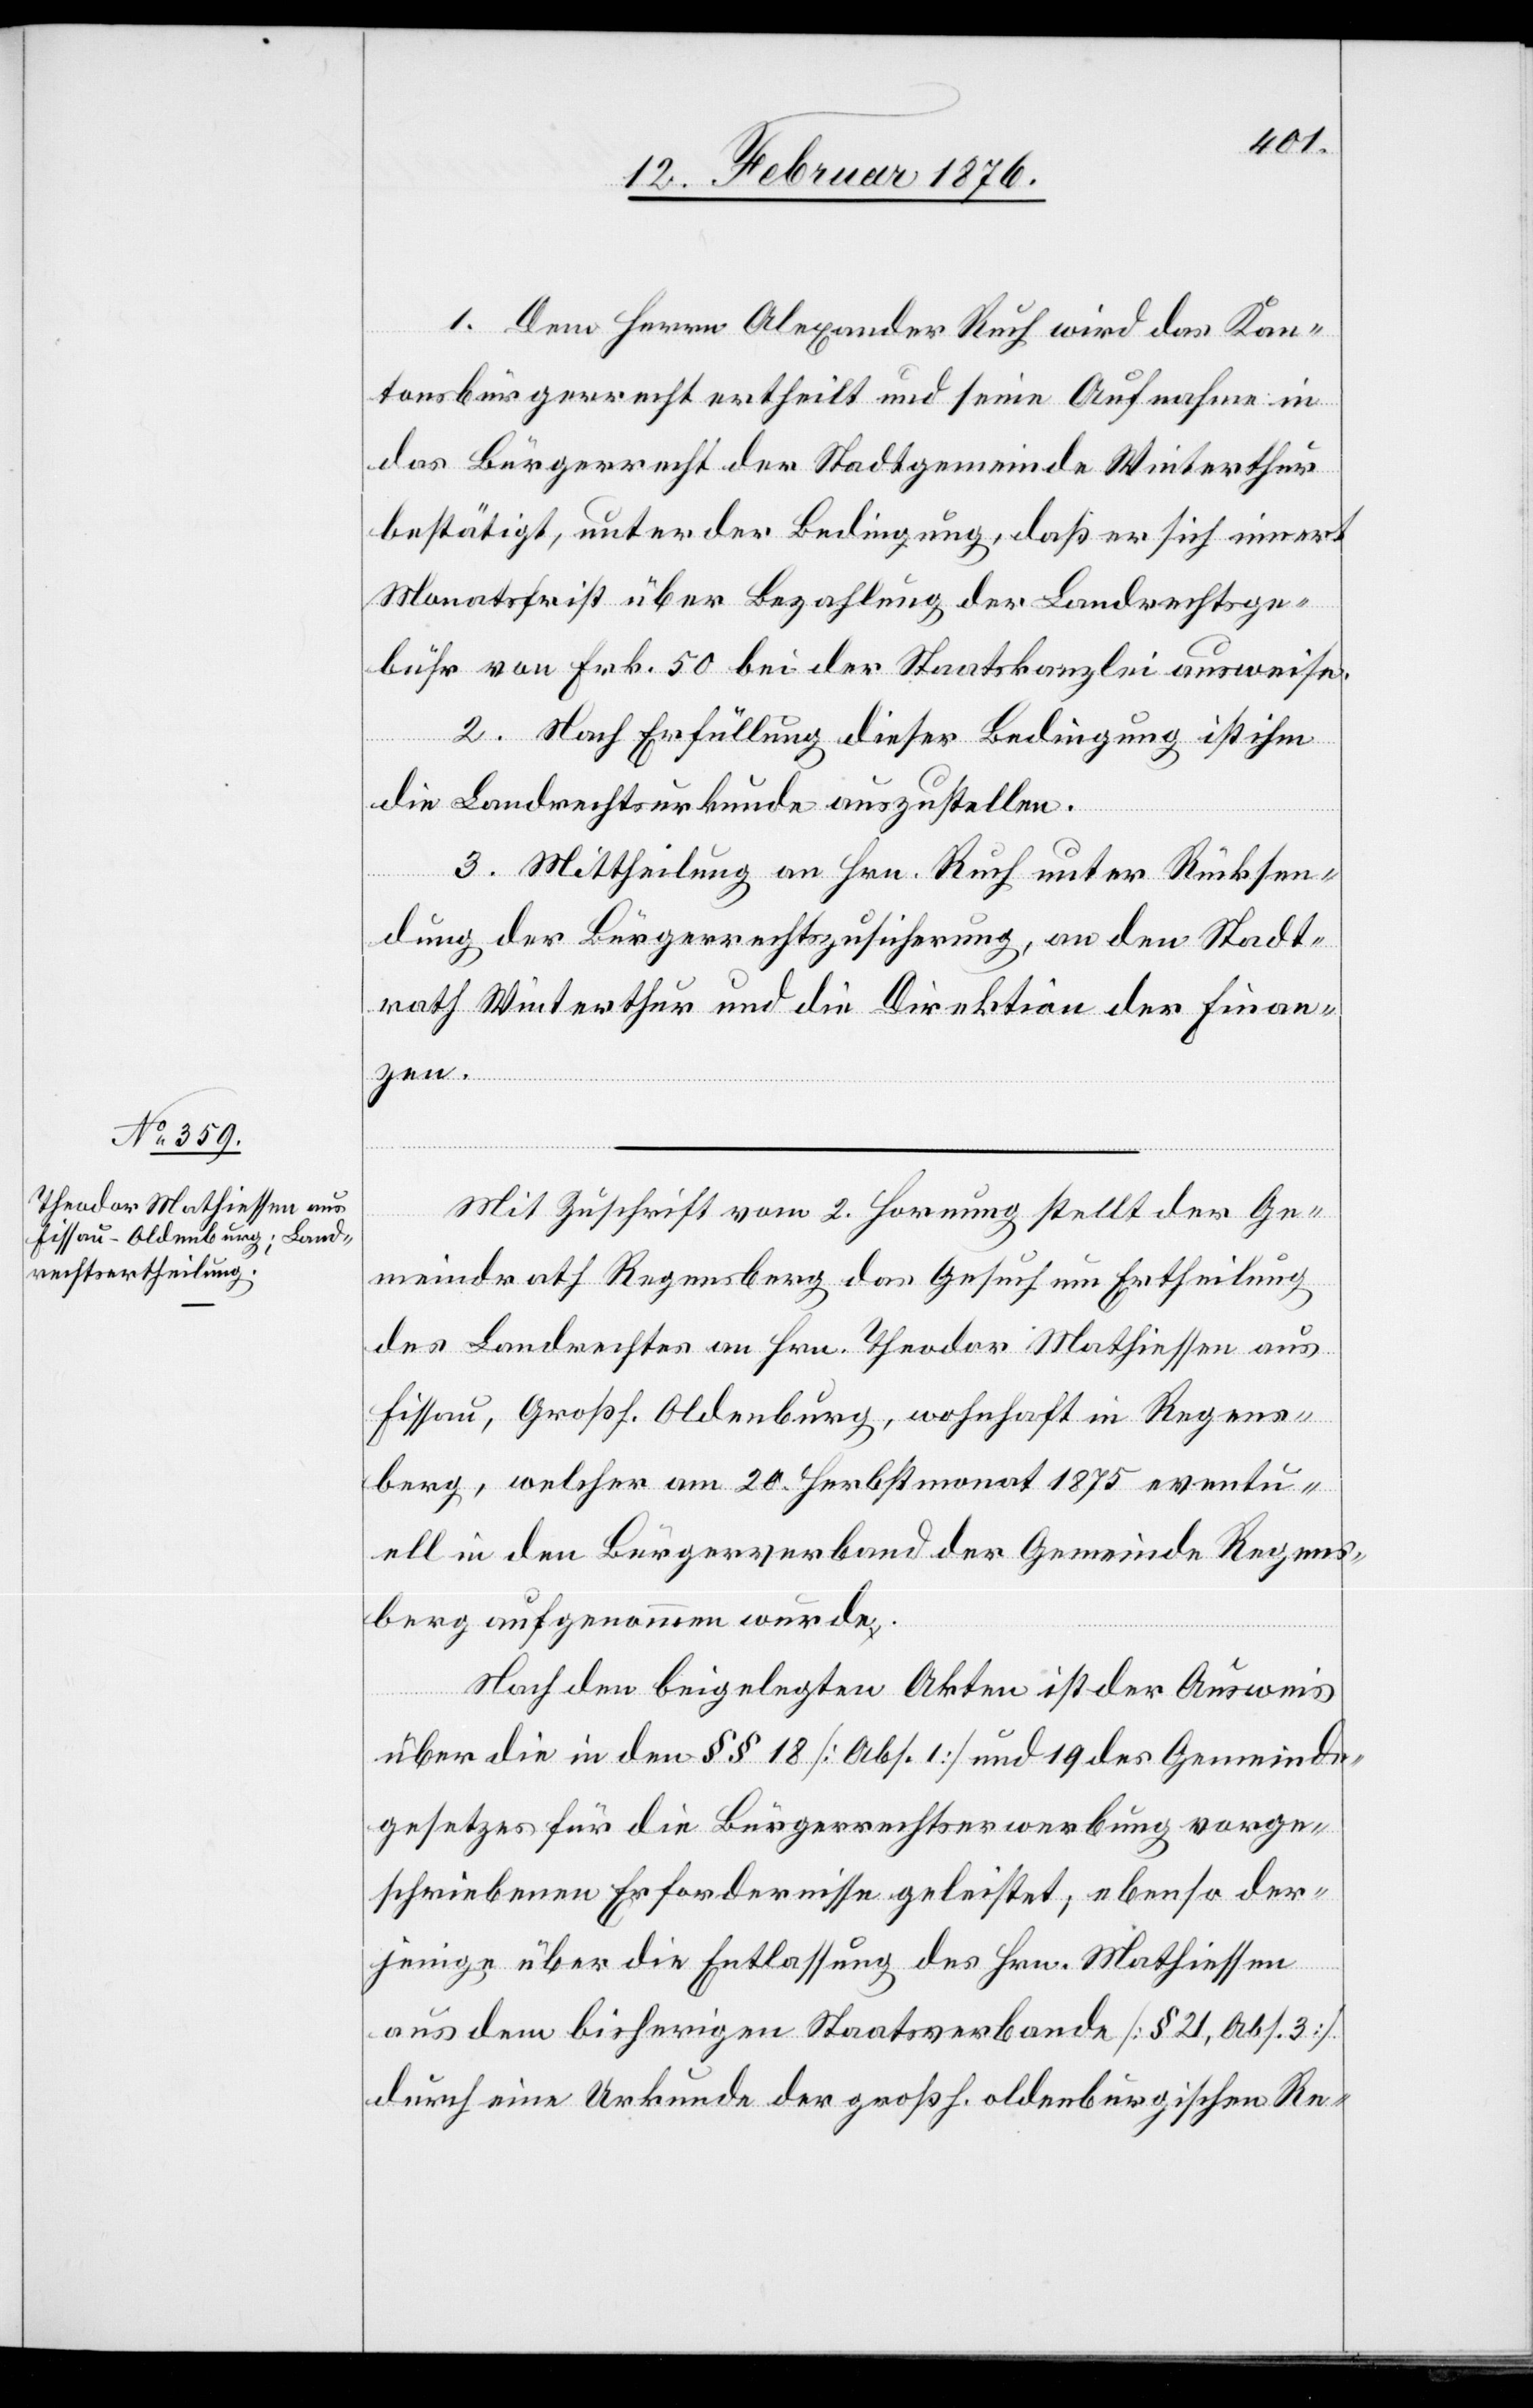
1. Dem Herrn Alexander Ruch wird das Kan¬
tonsbürgerrecht und eine Aufnahme in das Bürgerrecht der
bestätigt, unter der Bedingung, daß er sich innert
Monatsfrist über Bezahlung der Landrechtsge¬
bühr von Frk. 50 bei der Staatskanzlei ausweise.
2. Nach Erfüllung dieser Bedingung ist ihm
die Landrechtsurkunde auszustellen.
3. Mittheilung an Hrn. Ruch unter Rücksen¬
dung der Bürgerrechtszusicherung, an den Stadt¬
rath Winterthur und die Direktion der Finan¬
zen.